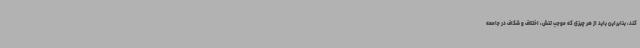
کند، بنابراین باید از هر چیزی که موجب تنش، اختلاف و شکاف در جامعه